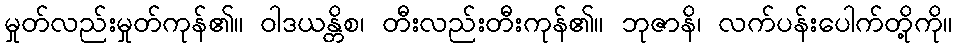
မှုတ်လည်းမှုတ်ကုန်၏။ ဝါဒယန္တိစ၊ တီးလည်းတီးကုန်၏။ ဘုဇာနိ၊ လက်ပန်းပေါက်တို့ကို။